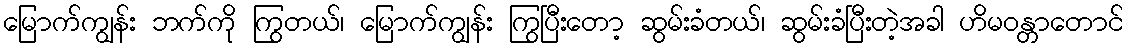
မြောက်ကျွန်း ဘက်ကို ကြွတယ်၊ မြောက်ကျွန်း ကြွပြီးတော့ ဆွမ်းခံတယ်၊ ဆွမ်းခံပြီးတဲ့အခါ ဟိမဝန္တာတောင်